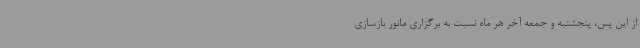
از این پس، پنجشنبه و جمعه آخر هر ماه نسبت به برگزاری مانور بازسازی